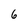
Character: 6